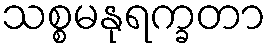
သစ္စမနုရက္ခတာ